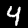
Label: 4